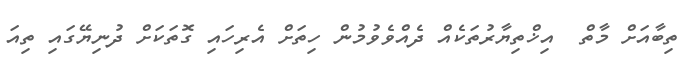
ތިބާއަށް މާތް  އިޚްތިޔާރުތަކެއް ދެއްވެވުމުން ހިތަށް އެރިހައި ގޮތަކަށް ދުނިޔޭގައި ތިއަ